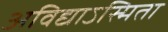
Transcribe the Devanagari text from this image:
अविद्याऽस्मिता